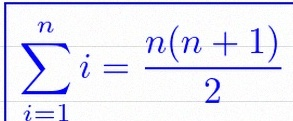
\sum_{i=1}^{n}i=\frac{n(n+1)}2